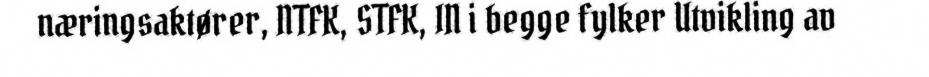
næringsaktører, NTFK, STFK, IN i begge fylker Utvikling av